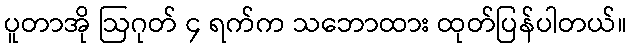
ပူတာအို ဩဂုတ် ၄ ရက်က သဘောထား ထုတ်ပြန်ပါတယ်။